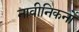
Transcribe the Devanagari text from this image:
नावीनिकर्नों